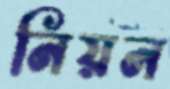
নিয়ন